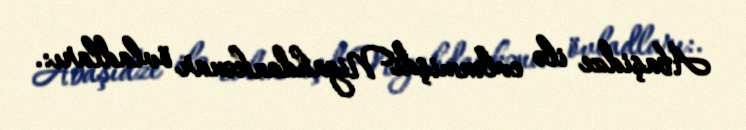
Abaşidze ilə evlənmişdiNigahdankənar övladları:.